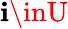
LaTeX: \mathbf{i}\inU